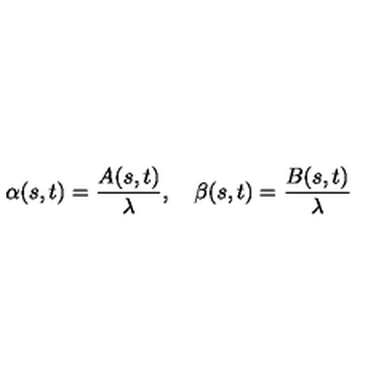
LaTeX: \alpha ( s , t ) = { \frac { A ( s , t ) } { \lambda } } , \quad \beta ( s , t ) = { \frac { B ( s , t ) } { \lambda } }